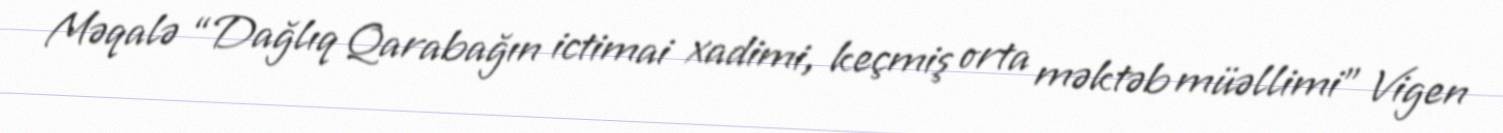
Məqalə “Dağlıq Qarabağın ictimai xadimi, keçmiş orta məktəb müəllimi” Vigen